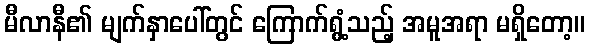
မီလာနီ၏ မျက်နှာပေါ်တွင် ကြောက်ရွံ့သည့် အမူအရာ မရှိတော့။